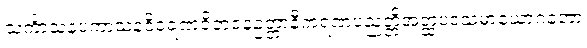
သင်္ကာသနပကာသနဝိဝရဏဝိဘဇနဥတ္တာနီကရဏပညတ္တိအတ္ထပဒသမာယောဂတော